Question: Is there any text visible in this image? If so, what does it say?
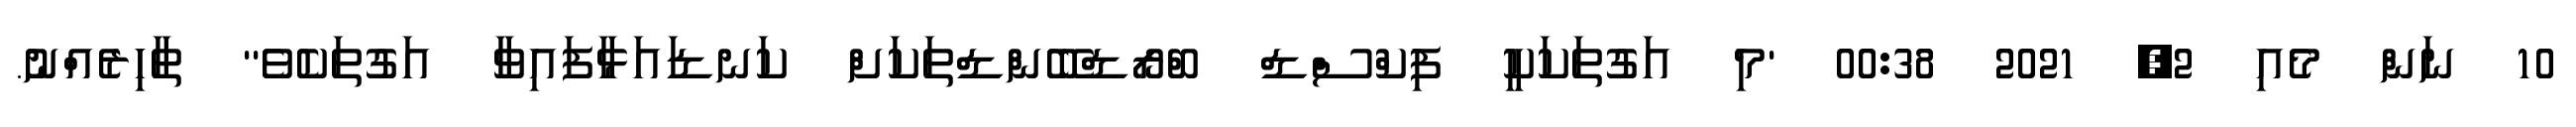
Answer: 10 ނަން މެއި 2, 2021 00:38 'މި އަގުތަކަކީ ފިކްސްޑް ބްރޯޑްބޭންޑްތަކަށް ކަނޑައަޅާފައިވާ އަގުތަކެވެ'' ތާހިރެއްނު.